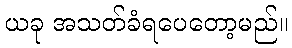
ယခု အသတ်ခံရပေတော့မည်။